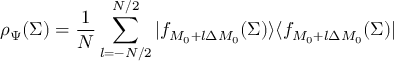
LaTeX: \rho _ { \Psi } ( \Sigma ) = { \frac { 1 } { N } } \sum _ { l = - N / 2 } ^ { N / 2 } | f _ { M _ { 0 } + l \Delta M _ { 0 } } ( \Sigma ) \rangle \langle f _ { M _ { 0 } + l \Delta M _ { 0 } } ( \Sigma ) |